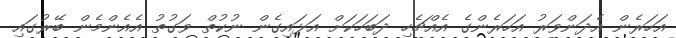
އަހަރެން އެދަންވަރު އަހަރެންގެ އެއްޗެހި ދަބަހަކަށް އަޅައިގެން ނުކުތް ވަގުތު އެއެންމެން ބޭރުގައި